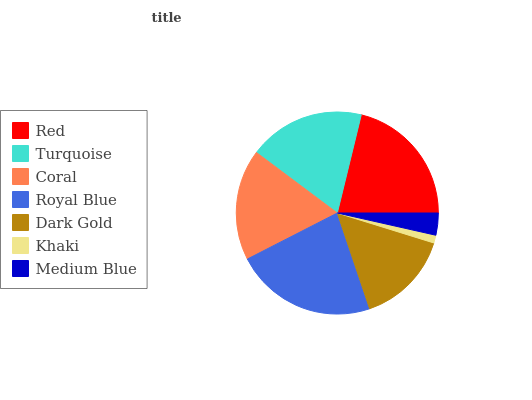
| Red | Turquoise | Coral | Royal Blue | Dark Gold | Khaki | Medium Blue |
 | --- | --- | --- | --- | --- | --- | --- |
 | 21.2% | 18.6% | 17.8% | 22.6% | 15% | 1.26% | 3.53% |